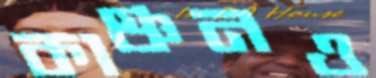
কাঞ্চনও